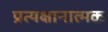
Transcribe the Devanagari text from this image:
प्रत्यक्षानात्मक